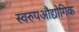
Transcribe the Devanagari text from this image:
स्वरुपऔद्योगिक